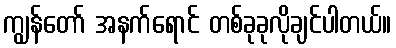
ကျွန်တော် အနက်ရောင် တစ်ခုခုလိုချင်ပါတယ်။